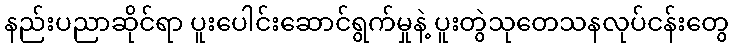
နည်းပညာဆိုင်ရာ ပူးပေါင်းဆောင်ရွက်မှုနဲ့ ပူးတွဲသုတေသနလုပ်ငန်းတွေ